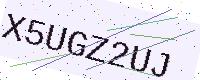
Text: X5UGZ2UJ